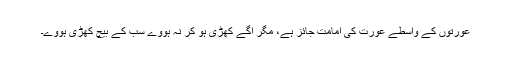
عورتوں کے واسطے عورت کی امامت جائز ہے، مگر آگے کھڑی ہو کر نہ ہووے سب کے بیچ کھڑی ہووے۔